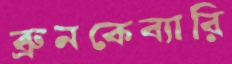
ব্রুনকেব্যারি